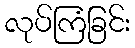
လုပ်ကြံခြင်း